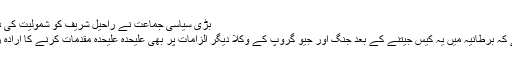
بڑی سیاسی جماعت نے راحیل شریف کو شمولیت کی دعوت دیدی
واضح رہے کہ برطانیہ میں یہ کیس جیتنے کے بعد جنگ اور جیو گروپ کے وکلا دیگر الزامات پر بھی علیحدہ علیحدہ مقدمات کرنے کا ارادہ رکھتے ہیں۔